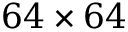
6 4 \times 6 4